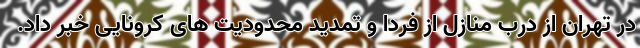
در تهران از درب منازل از فردا و تمدید محدودیت های کرونایی خبر داد.